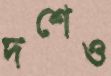
দশেও